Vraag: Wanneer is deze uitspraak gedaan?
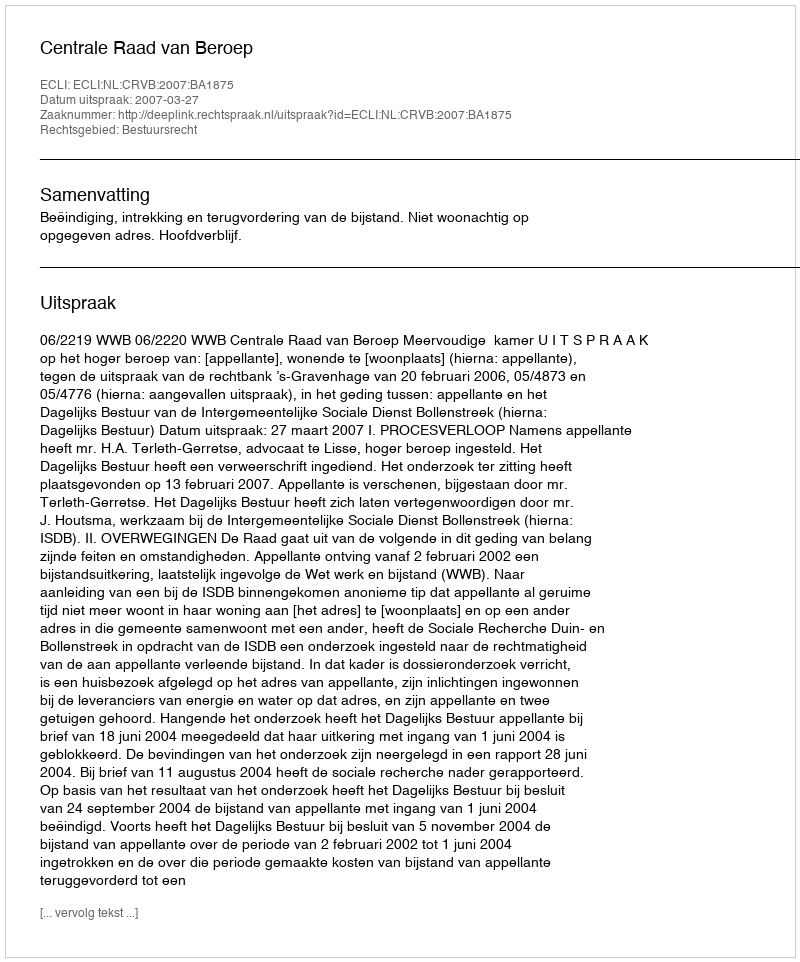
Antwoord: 2007-03-27